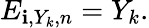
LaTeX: E_{\mathbf{i},Y_{k},n}=Y_{k}.